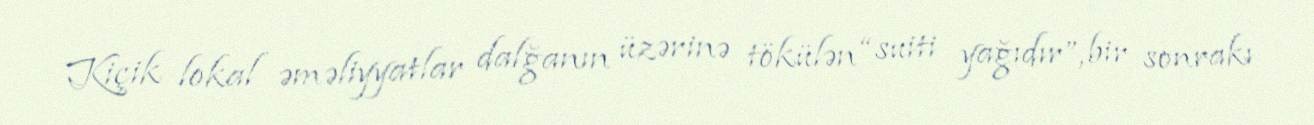
Kiçik lokal əməliyyatlar dalğanın üzərinə tökülən “suiti yağıdır”, bir sonrakı